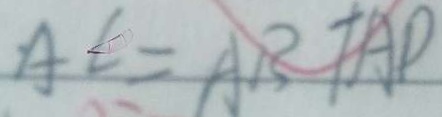
A C = A B + A D